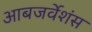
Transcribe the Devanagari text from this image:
आबजर्वेशंस